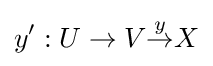
y':U\to V{\overset {y}{\to }}X